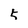
Character: 5